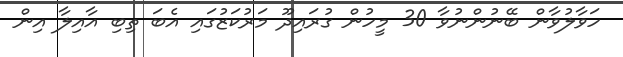
ހަވާލުވާން ބޭނުންނުވާ 30 މީހުން ގުރައިދޫ މަރުކަޒުގައި އެބަ ތިބި އާއިލާ އިން